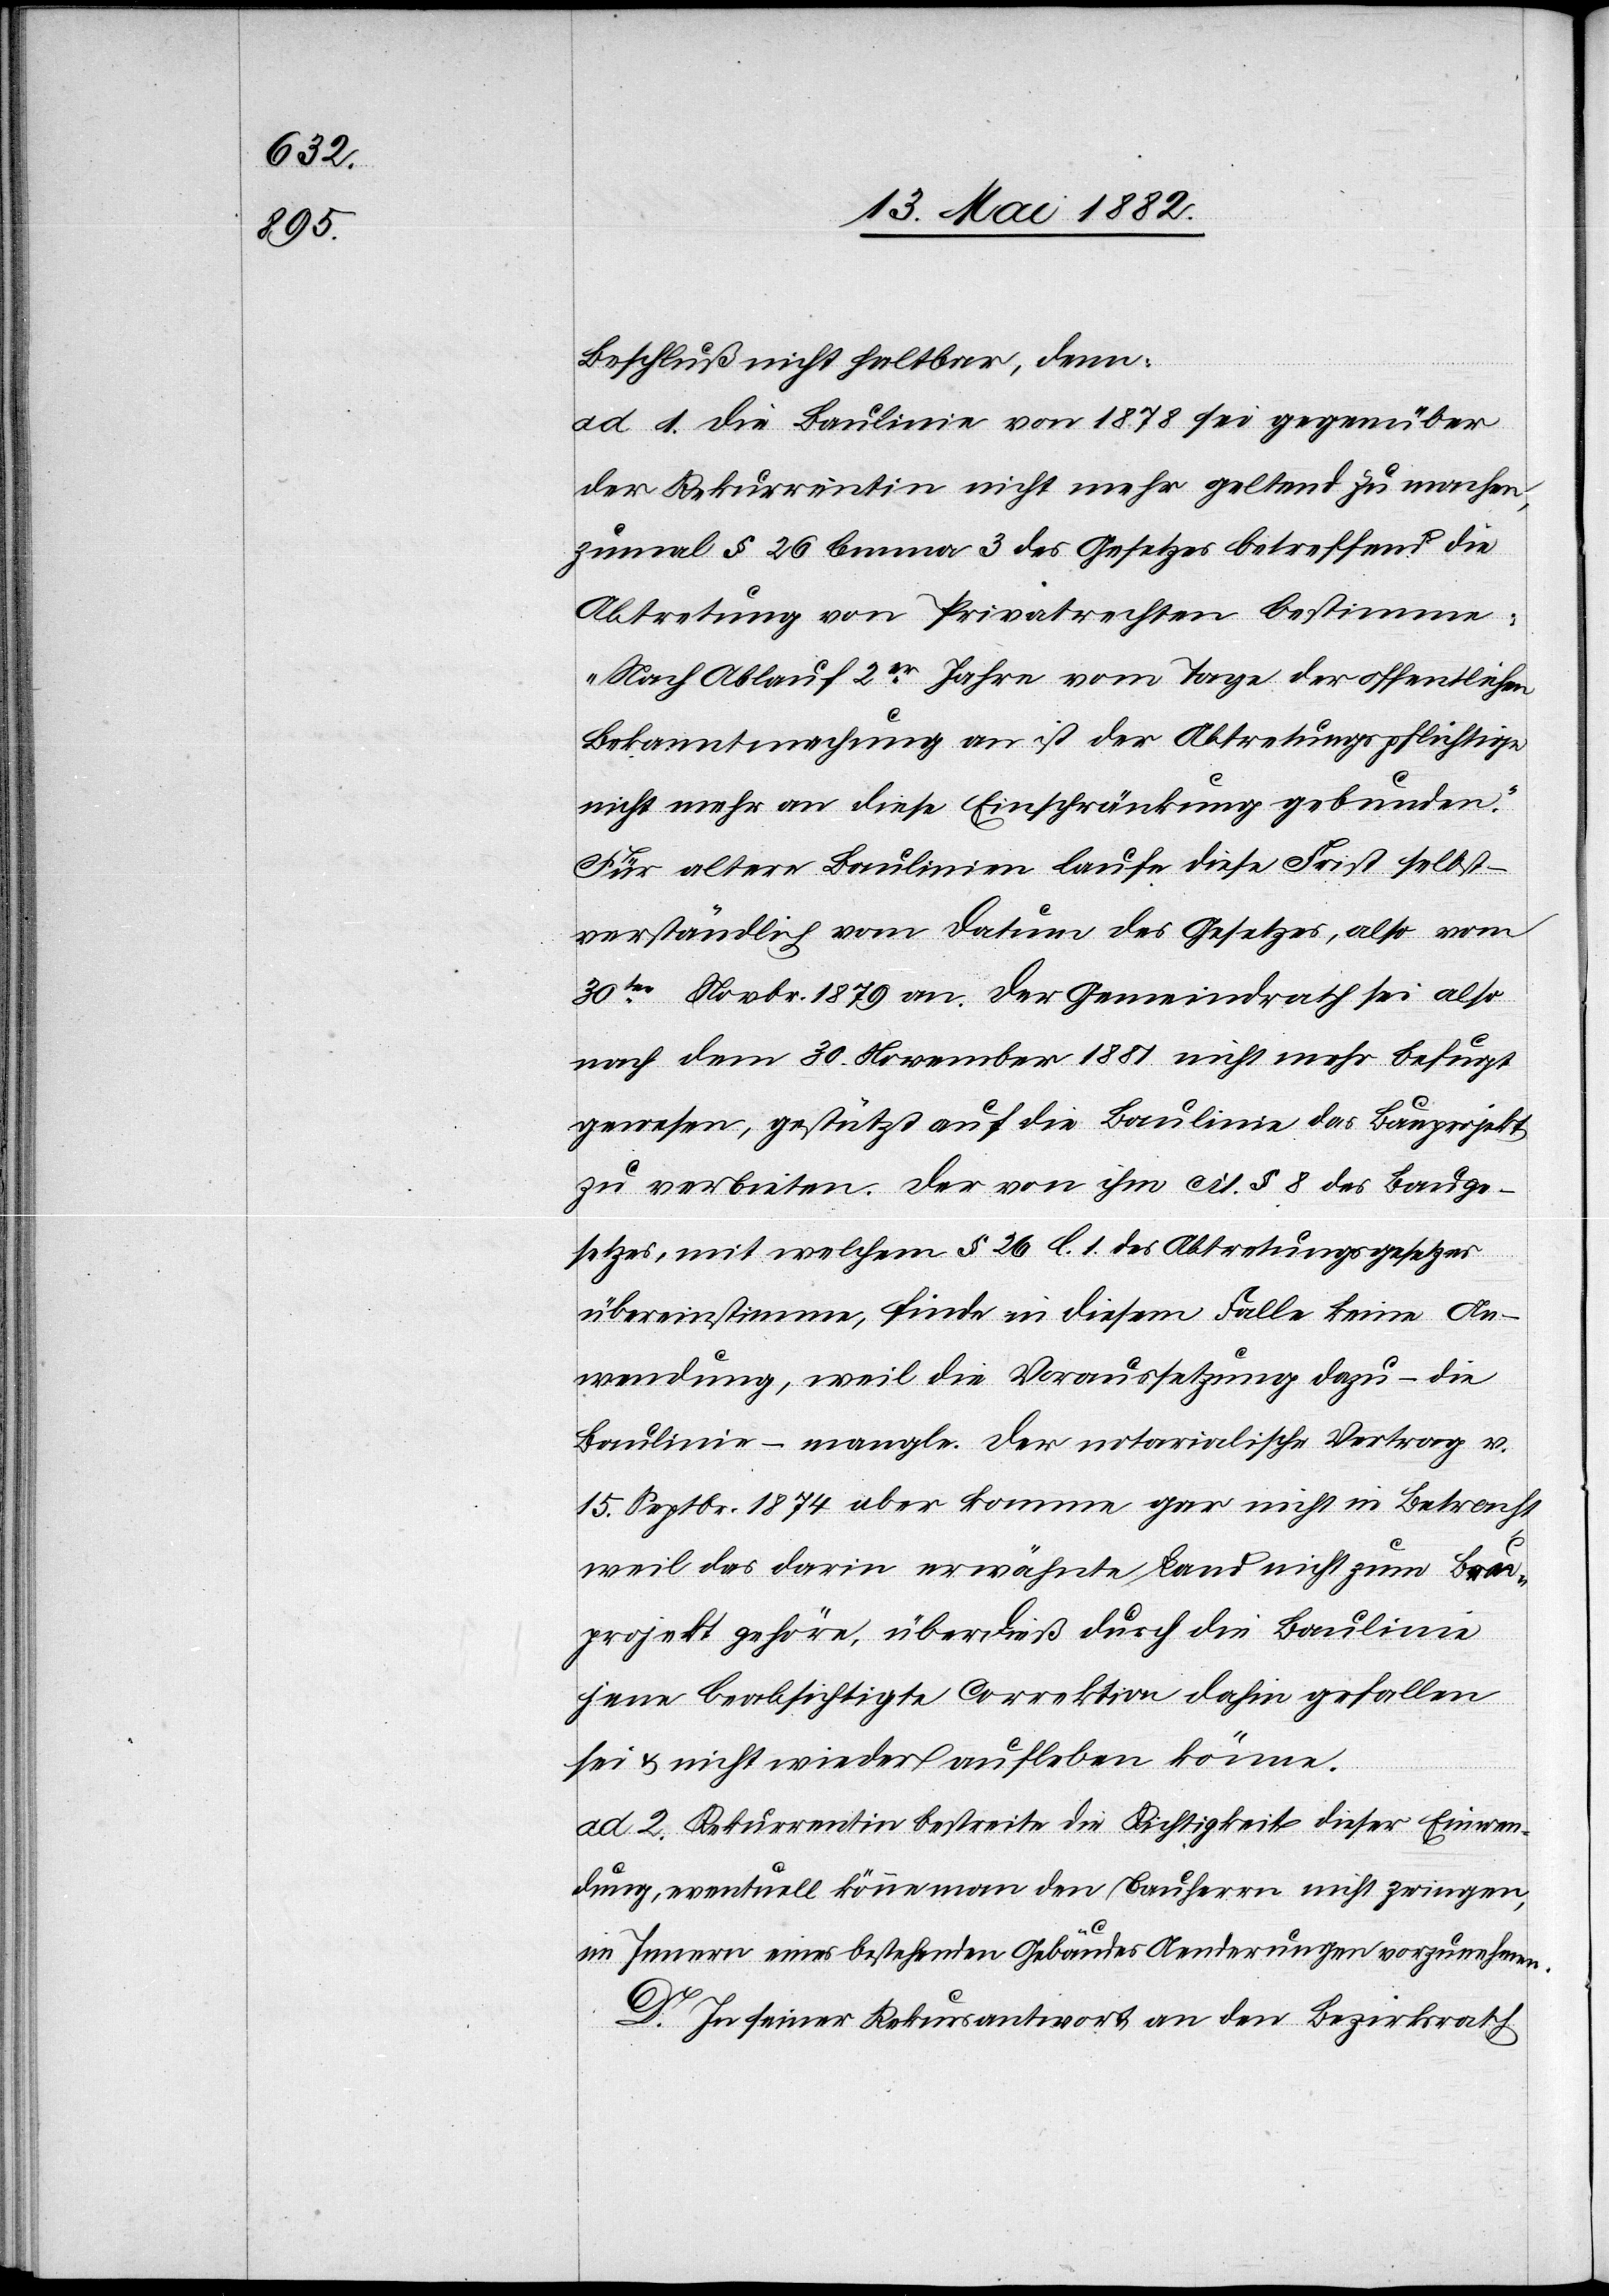
Beschluß nicht haltbar, denn:
ad 1. Die Baulinie von 1878 sei gegenüber
der Rekurrentin nicht mehr geltend zu machen,
zumal § 26 lemma 3 des Gesetzes betreffend die
Abtretung von Privatrechten bestimme:
„Nach Ablauf 2er Jahre vom Tage der öffentlichen
Bekanntmachung an ist der Abtretungspflichtige
nicht mehr an diese Einschränkung gebunden.“
Für ältere Baulinien laufe diese Frist selbst¬
verständlich vom Datum des Gesetzes, also vom
30ten Novbr. 1879 an. Der Gemeindrath sei also
nach dem 30. November 1881 nicht mehr befugt
gewesen, gestützt auf die Baulinie das Bauprojekt
zu verbieten. Der von ihm cit. § 8 des Bauge¬
setzes, mit welchem § 26 l. 1 des Abtretungsgesetzes
übereinstimme, finde in diesem Falle keine An¬
wendung, weil die Voraussetzung dazu – die
Baulinie – mangle. Der notarialische Vertrag v.
15. Septbr. 1874 aber komme gar nicht in Betracht
weil das darin erwähnte Land nicht zum Bau¬
projekt gehöre, überdieß durch die Baulinie
jene beabsichtigte Correktion dahin gefallen
sei & nicht wieder aufleben könne.
ad 2. Rekurrentin bestreite die Richtigkeit dieser Einwen¬
dung, eventuell könne man den Bauherren nicht zwingen,
im Innern eines bestehenden Gebäudes Aenderungen vorzunehmen.
D. In seiner Rekursantwort an den Bezirksrath